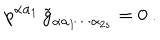
LaTeX: p ^ { \alpha \dot { \alpha } _ { 1 } } \, \tilde { g } _ { \alpha \dot { \alpha } _ { 1 } \cdots \dot { \alpha } _ { 2 s } } = 0 \ .